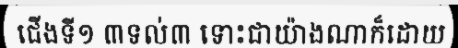
ជើងទី១ ៣ទល់៣ ទោះជាយ៉ាងណាក៏ដោយ